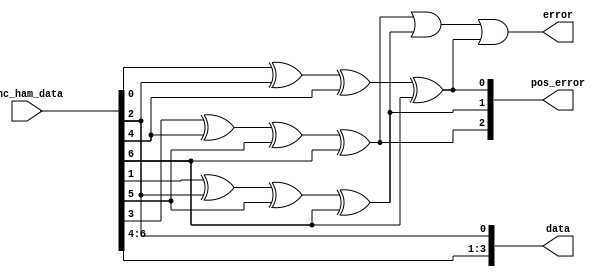
module ham_decoder(data,enc_ham_data,pos_error,
                   error);
  input [6:0]enc_ham_data;
  output [3:0] data;
  output [2:0]pos_error;
  output error; 
    
  assign data[0]=enc_ham_data[2];
  assign data[1]=enc_ham_data[4];
  assign data[2]=enc_ham_data[5];
  assign data[3]=enc_ham_data[6];
    
  assign c1=enc_ham_data[0] ^ enc_ham_data[2] ^
    enc_ham_data[4] ^ enc_ham_data[6];
  assign c2=enc_ham_data[1] ^ enc_ham_data[2] ^
    enc_ham_data[5] ^ enc_ham_data[6];
  assign c3=enc_ham_data[3] ^ enc_ham_data[4] ^ 
    enc_ham_data[5] ^ enc_ham_data[6];
  
  assign pos_error={c3,c2,c1};//position of error, 
  								//0=> no error
  assign error = c3 |c2 | c1;//or (any '1'=>error=1)
  
 endmodule